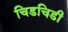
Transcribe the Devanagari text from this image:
चिडचिडी